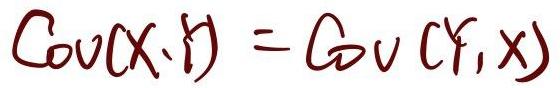
\[\text{Cov}(X,Y) = \text{Cov}(Y,X)\]